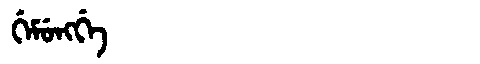
Manchu: ᡤᡝᠮᡠᠩᡤᡝ
Romanization: GEMUNGGE